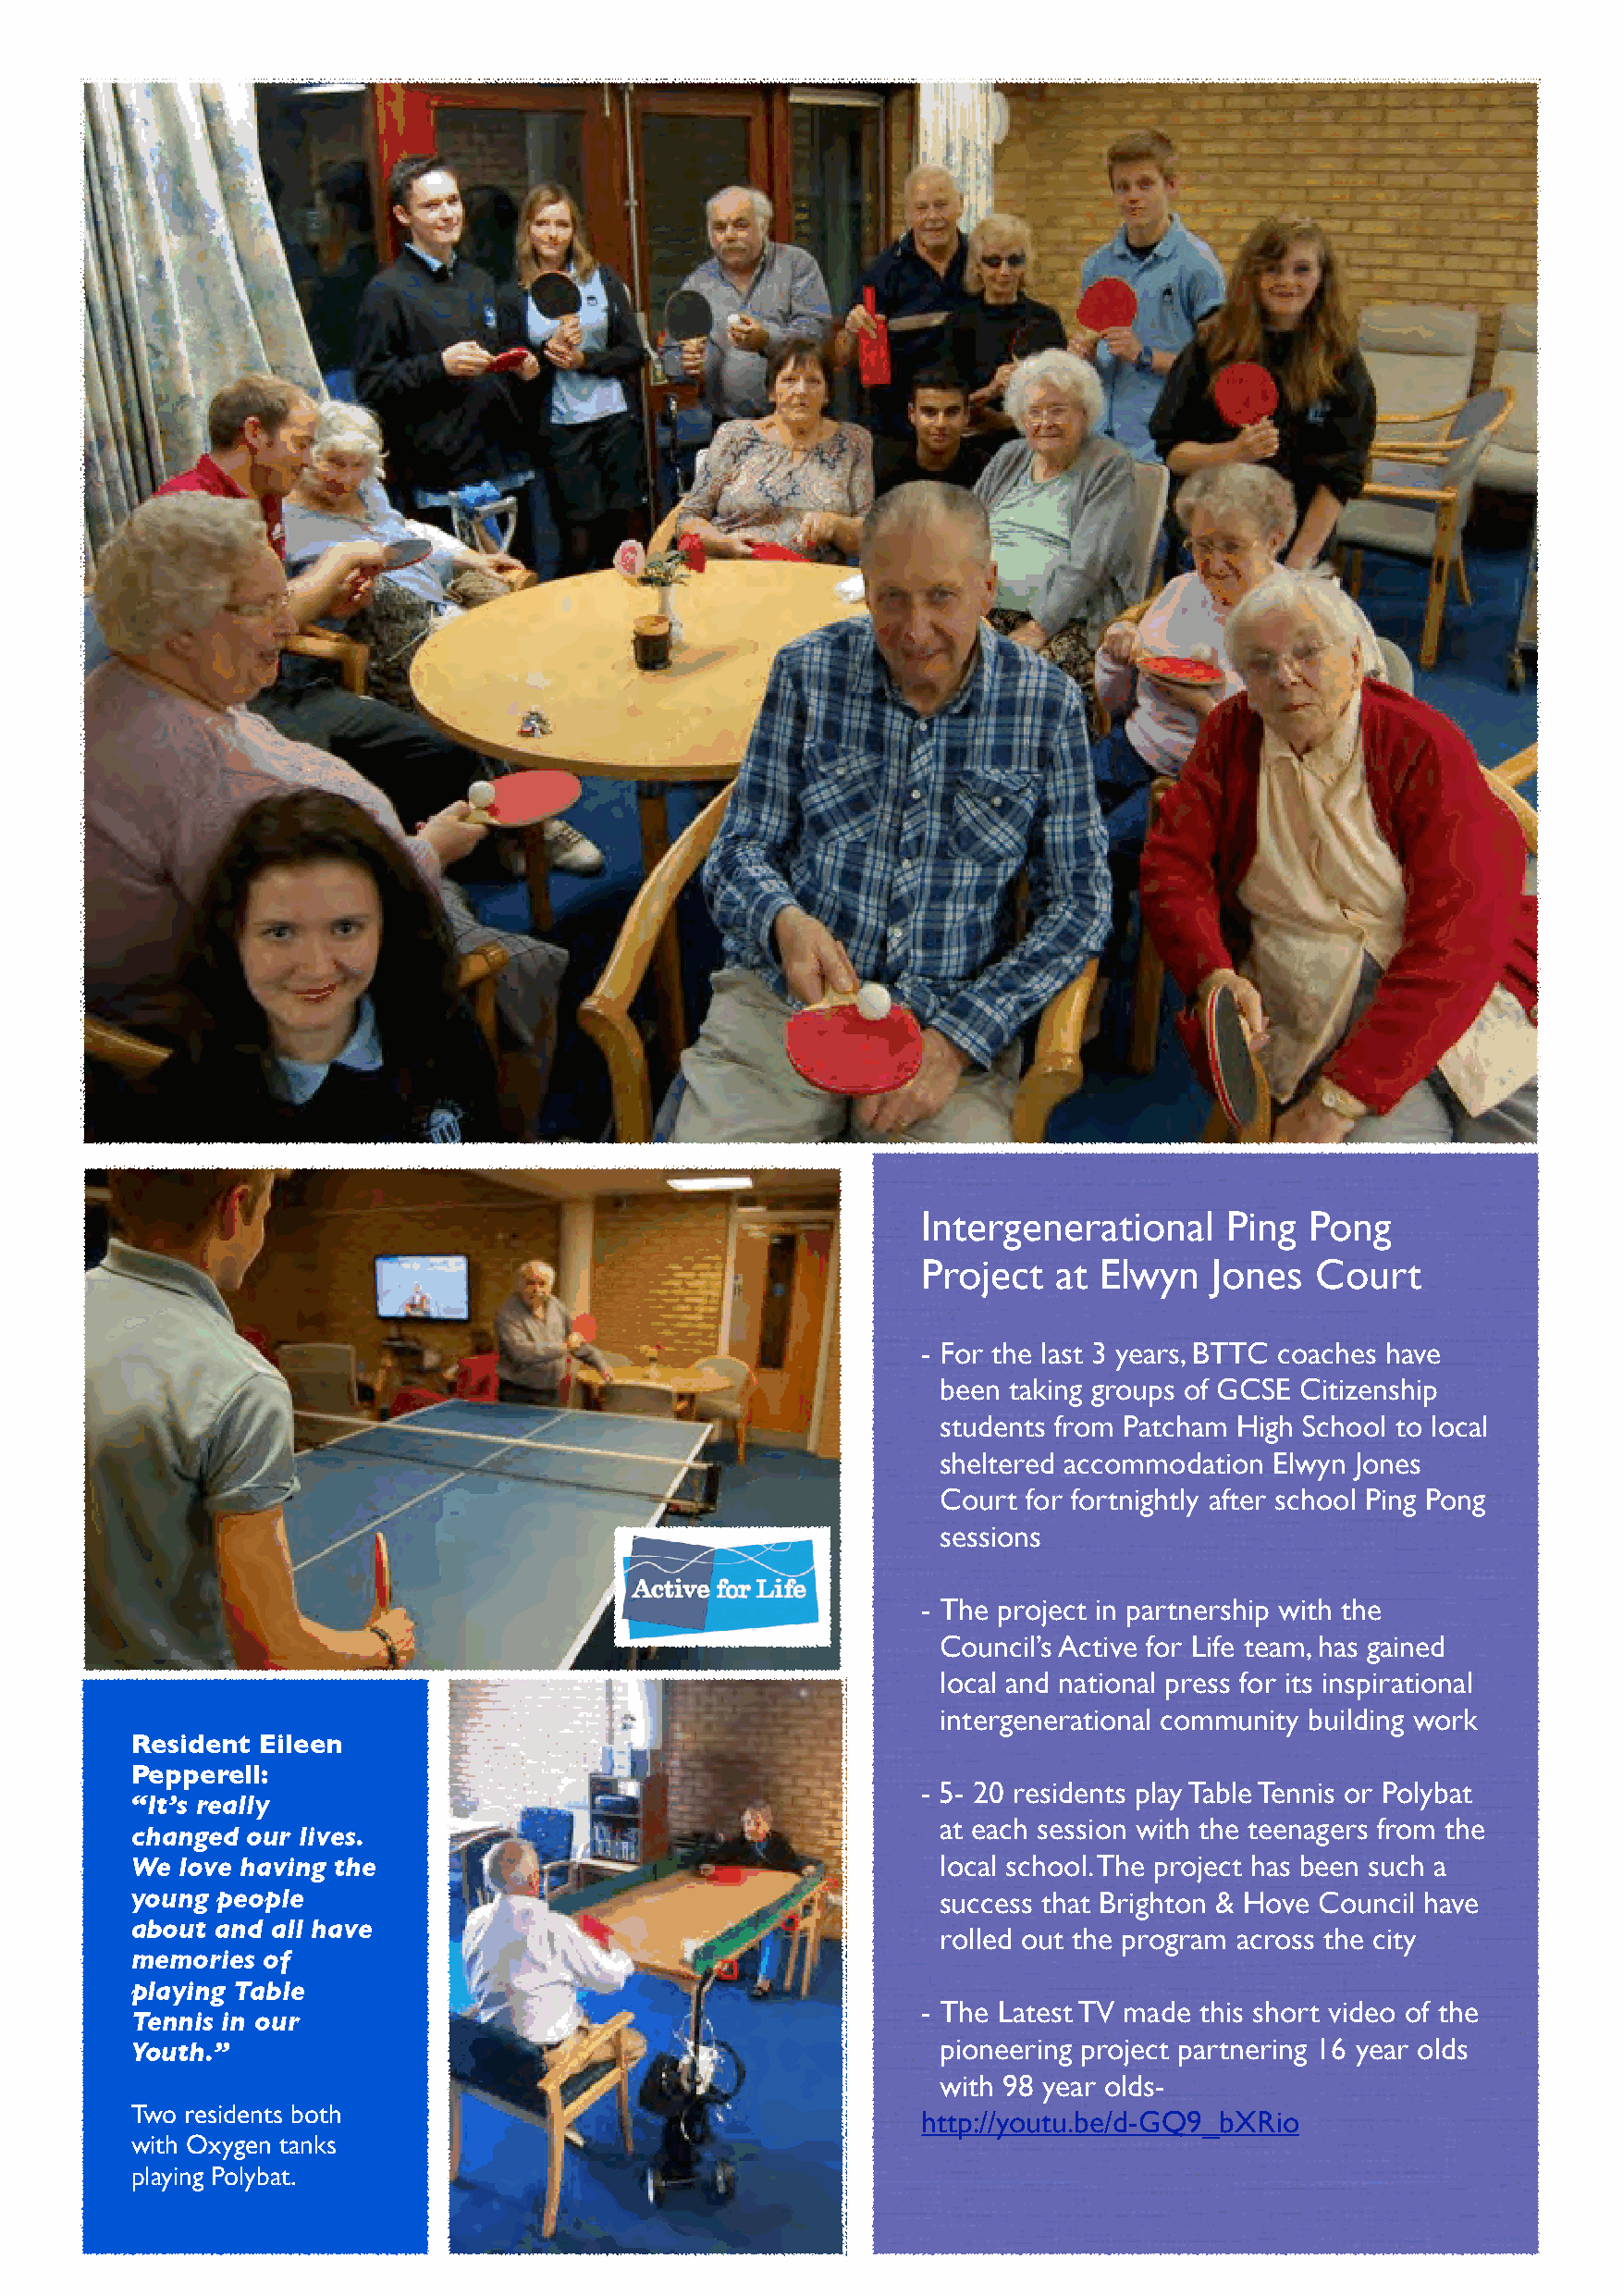
Intergenerational     Ping  Pong
 Project   at Elwyn   Jones  Court
 - For the last 3 years, BTTC coaches have
 been taking groups of GCSE Citizenship
 students from Patcham High School to local
 sheltered accommodation Elwyn Jones
 Court for fortnightly after school Ping Pong
 sessions
 - The project in partnership with the
 Council’s Active for Life team, has gained
 local and national press for its inspirational
 intergenerational community building work
 Resident  Eileen
 Pepperell:
 - 5- 20 residents play Table Tennis or Polybat
 “It’s really
 at each session with the teenagers from the
 changed  our lives.
 We  love having the                                       local school. The project has been such a
 young people                                              success that Brighton & Hove Council have
 about and all have
 rolled out the program across the city
 memories  of
 playing Table
 - The Latest TV made this short video of the
 Tennis in our
 Youth.”                                                   pioneering project partnering 16 year olds
 with 98 year olds-
 Two residents both
 http://youtu.be/d-GQ9_bXRio
 with Oxygen tanks
 playing Polybat.